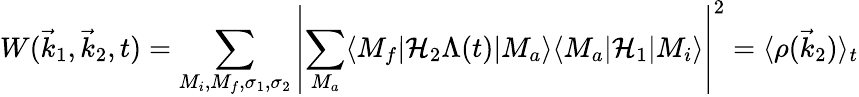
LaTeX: W({\vec{k}}_{1},{\vec{k}}_{2},t)=\sum_{M_{i},M_{f},\sigma_{1},\sigma_{2}}\left|\sum_{M_{a}}\langle M_{f}|{\mathcal{H}}_{2}\Lambda(t)|M_{a}\rangle\langle M_{a}|{\mathcal{H}}_{1}|M_{i}\rangle\right|^{2}=\langle\rho({\vec{k}}_{2})\rangle_{t}